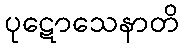
ပုဋောသေနာတိ